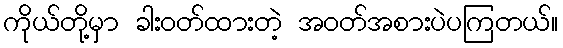
ကိုယ်တို့မှာ ခါးဝတ်ထားတဲ့ အဝတ်အစားပဲပကြတယ်။